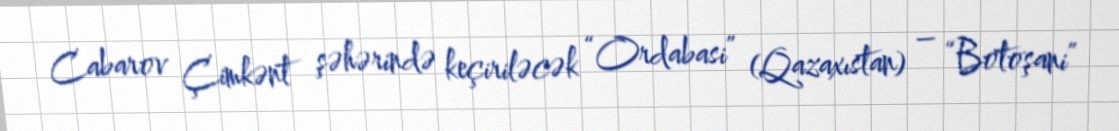
Cabarov Çimkənt şəhərində keçiriləcək “Ordabasi” (Qazaxıstan) – “Botoşani”